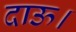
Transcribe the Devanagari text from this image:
दाऊ।